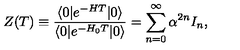
Z ( T ) \equiv { \frac { \langle 0 | e ^ { - H T } | 0 \rangle } { \langle 0 | e ^ { - H _ { 0 } T } | 0 \rangle } } = \sum _ { n = 0 } ^ { \infty } \alpha ^ { 2 n } I _ { n } ,